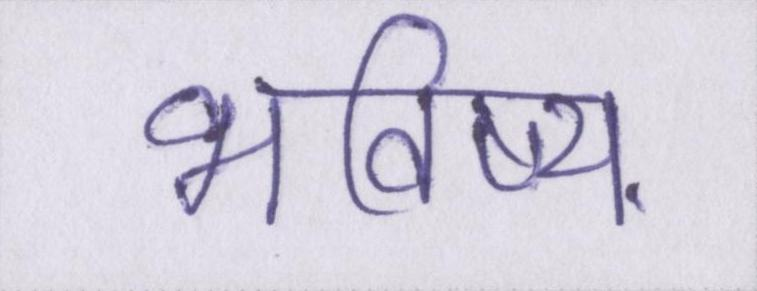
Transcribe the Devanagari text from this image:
भविष्य